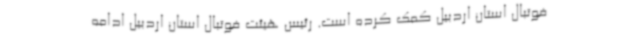
فوتبال استان اردبیل کمک کرده است. رئیس هیئت فوتبال استان اردبیل ادامه